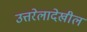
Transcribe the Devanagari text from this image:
उत्तरेलादेखील